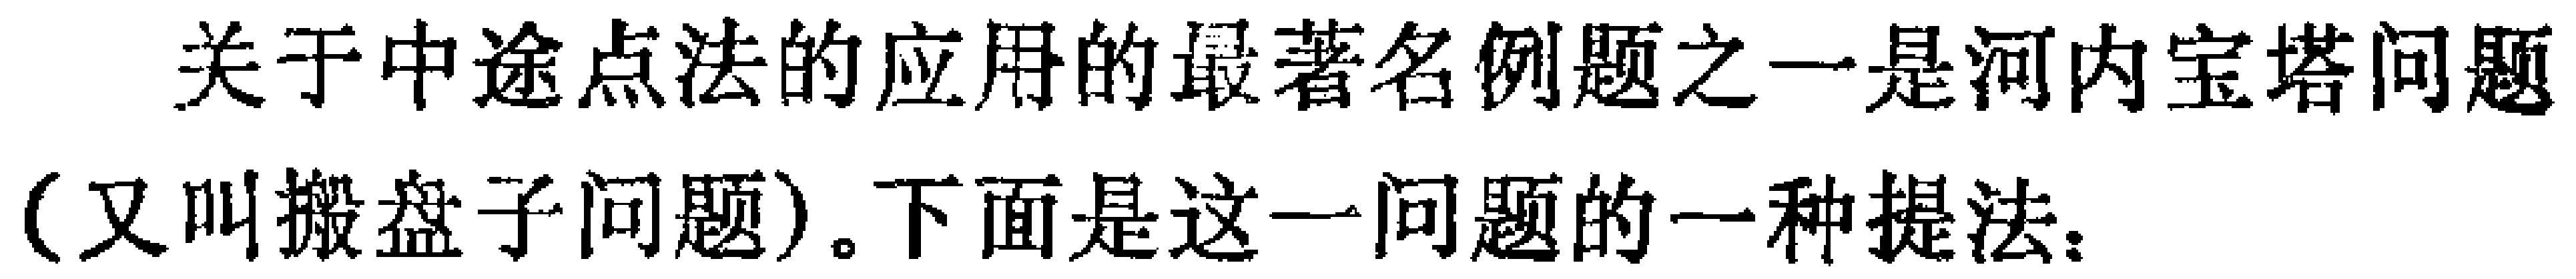
关于中途点法的应用的最著名例题之一是河内宝塔问题（又叫搬盘子问题）。下面是这一问题的一种提法：